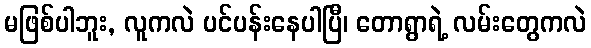
မဖြစ်ပါဘူး, လူကလဲ ပင်ပန်းနေပါပြီ၊ တောရွာရဲ့ လမ်းတွေကလဲ